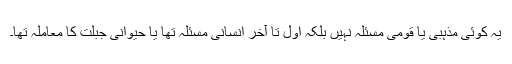
یہ کوئی مذہبی یا قومی مسئلہ نہیں بلکہ اول تا آخر انسانی مسئلہ تھا یا حیوانی جبلت کا معاملہ تھا۔